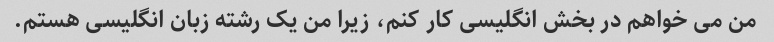
من می خواهم در بخش انگلیسی کار کنم، زیرا من یک رشته زبان انگلیسی هستم.